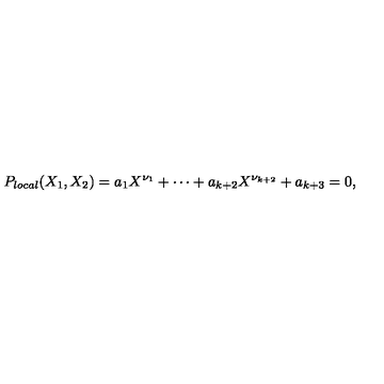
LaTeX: P _ { l o c a l } ( X _ { 1 } , X _ { 2 } ) = a _ { 1 } X ^ { \nu _ { 1 } } + \cdots + a _ { k + 2 } X ^ { \nu _ { k + 2 } } + a _ { k + 3 } = 0 ,